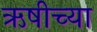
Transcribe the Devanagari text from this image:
ऋषीच्या